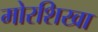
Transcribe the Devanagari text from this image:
मोरशिखा